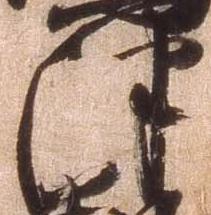
津